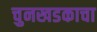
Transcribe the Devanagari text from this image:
चुनखडकाचा